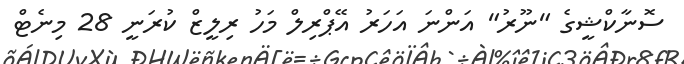
ސޮނާކްޝީގެ "ނޫރު" އަންނަ އަހަރު އޭޕްރިލް މަހު ރިލީޒް ކުރަނީ 28 މިނެޓް